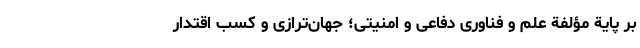
بر پایة مؤلفة علم و فناوری دفاعی و امنیتی؛ جهان­ترازی و کسب اقتدار